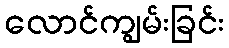
လောင်ကျွမ်းခြင်း